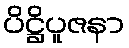
ပိဋ္ဌိပူဇနာ